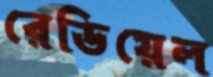
রেডিয়েল